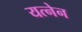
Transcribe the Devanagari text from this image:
यत्नेन